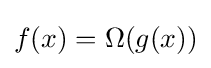
f(x)=\Omega (g(x))